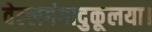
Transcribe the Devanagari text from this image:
वेल्लगंगादुकूलया।